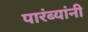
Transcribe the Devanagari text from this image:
पारंब्यांनी